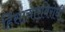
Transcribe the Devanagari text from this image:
हिंसाचारविरोधी